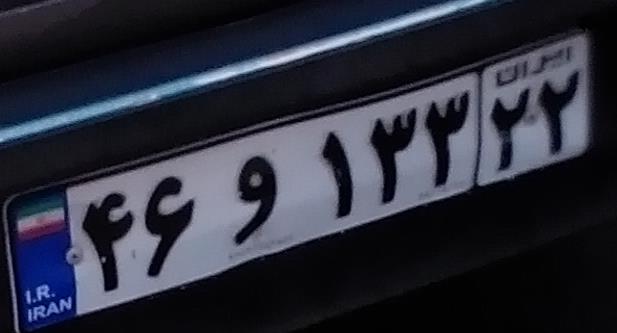
۴۶و۱۳۳۲۲